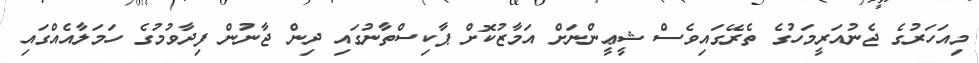
މިއަހަރުގެ ޖެނުއަރީމަހުގެ ތެރޭގައިވެސް ޝީޢީންނަށް އަމާޒުކޮށް ޕާކިސްތާނުގައި ދިން ޖާނުން ފިދާވުމުގެ ހަމަލާއެއްގައި